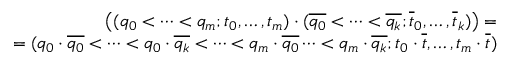
\begin{array} { r } { \big ( ( q _ { 0 } < \dots < q _ { m } ; t _ { 0 } , \dots , t _ { m } ) \cdot ( \overline { { q _ { 0 } } } < \dots < \overline { { q _ { k } } } ; \overline { { t } } _ { 0 } , \dots , \overline { { t } } _ { k } ) \big ) = } \\ { = ( q _ { 0 } \cdot \overline { { q _ { 0 } } } < \dots < q _ { 0 } \cdot \overline { { q _ { k } } } < \dots < q _ { m } \cdot \overline { { q _ { 0 } } } \dots < q _ { m } \cdot \overline { { q _ { k } } } ; t _ { 0 } \cdot \overline { { t } } , \dots , t _ { m } \cdot \overline { { t } } ) } \end{array}